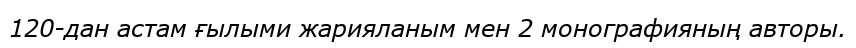
120-дан астам ғылыми жарияланым мен 2 монографияның авторы.